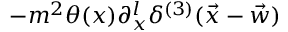
- m ^ { 2 } \theta ( x ) \partial _ { x } ^ { l } \delta ^ { ( 3 ) } ( \vec { x } - \vec { w } )